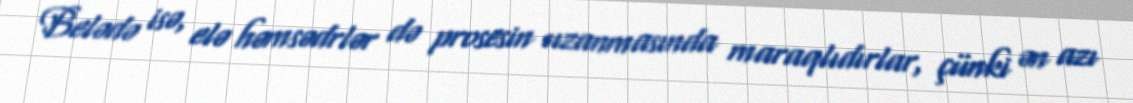
Belədə isə, elə həmsədrlər də prosesin uzanmasında maraqlıdırlar, çünki ən azı